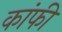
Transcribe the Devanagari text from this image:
कांफी